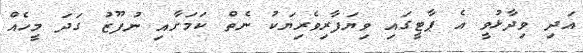
އަދި ވިދާޅުވީ އެ ޕާޓީގައި ވިޔަފާރިވެރިޔަކު ނެތް ކަމަށާއި ނުފޫޒު ގަދަ މީހެއް